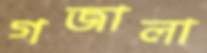
গজালা